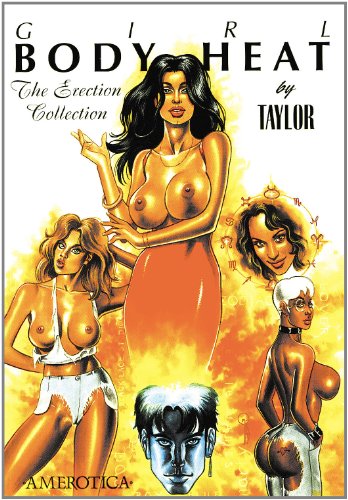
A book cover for Girl: Body Heat: The Erection Collection; Kevin J. Taylor; Comics & Graphic Novels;